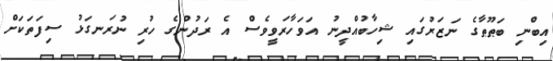
އިބްނި ބަޠޫޠާގެ ނަޒަރުގައި ޝިހާބުއްދީނު އަވަހާރަވީވެސް އެ ރަދުންގެ ހުރި ނުރަނގަޅު ސިފަތަކަށް